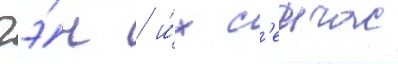
гэ́н / и́х с'еичас